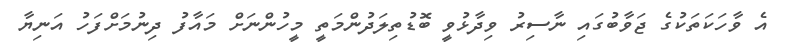
އެ ވާހަކަތަކުގެ ޖަވާބުގައި ނާސިރު ވިދާޅުވީ ބޮޑުތިލަދުންމަތީ މީހުންނަށް މައާފު ދިނުމަށްފަހު އަނިޔާ